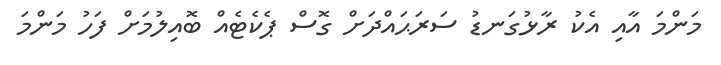
މަންމަ އާއި އެކު ރާޅުގަނޑު ސަރަޙައްދަށް ގޮސް ޕެކެޓެއް ބޮއިލުމަށް ފަހު މަންމަ